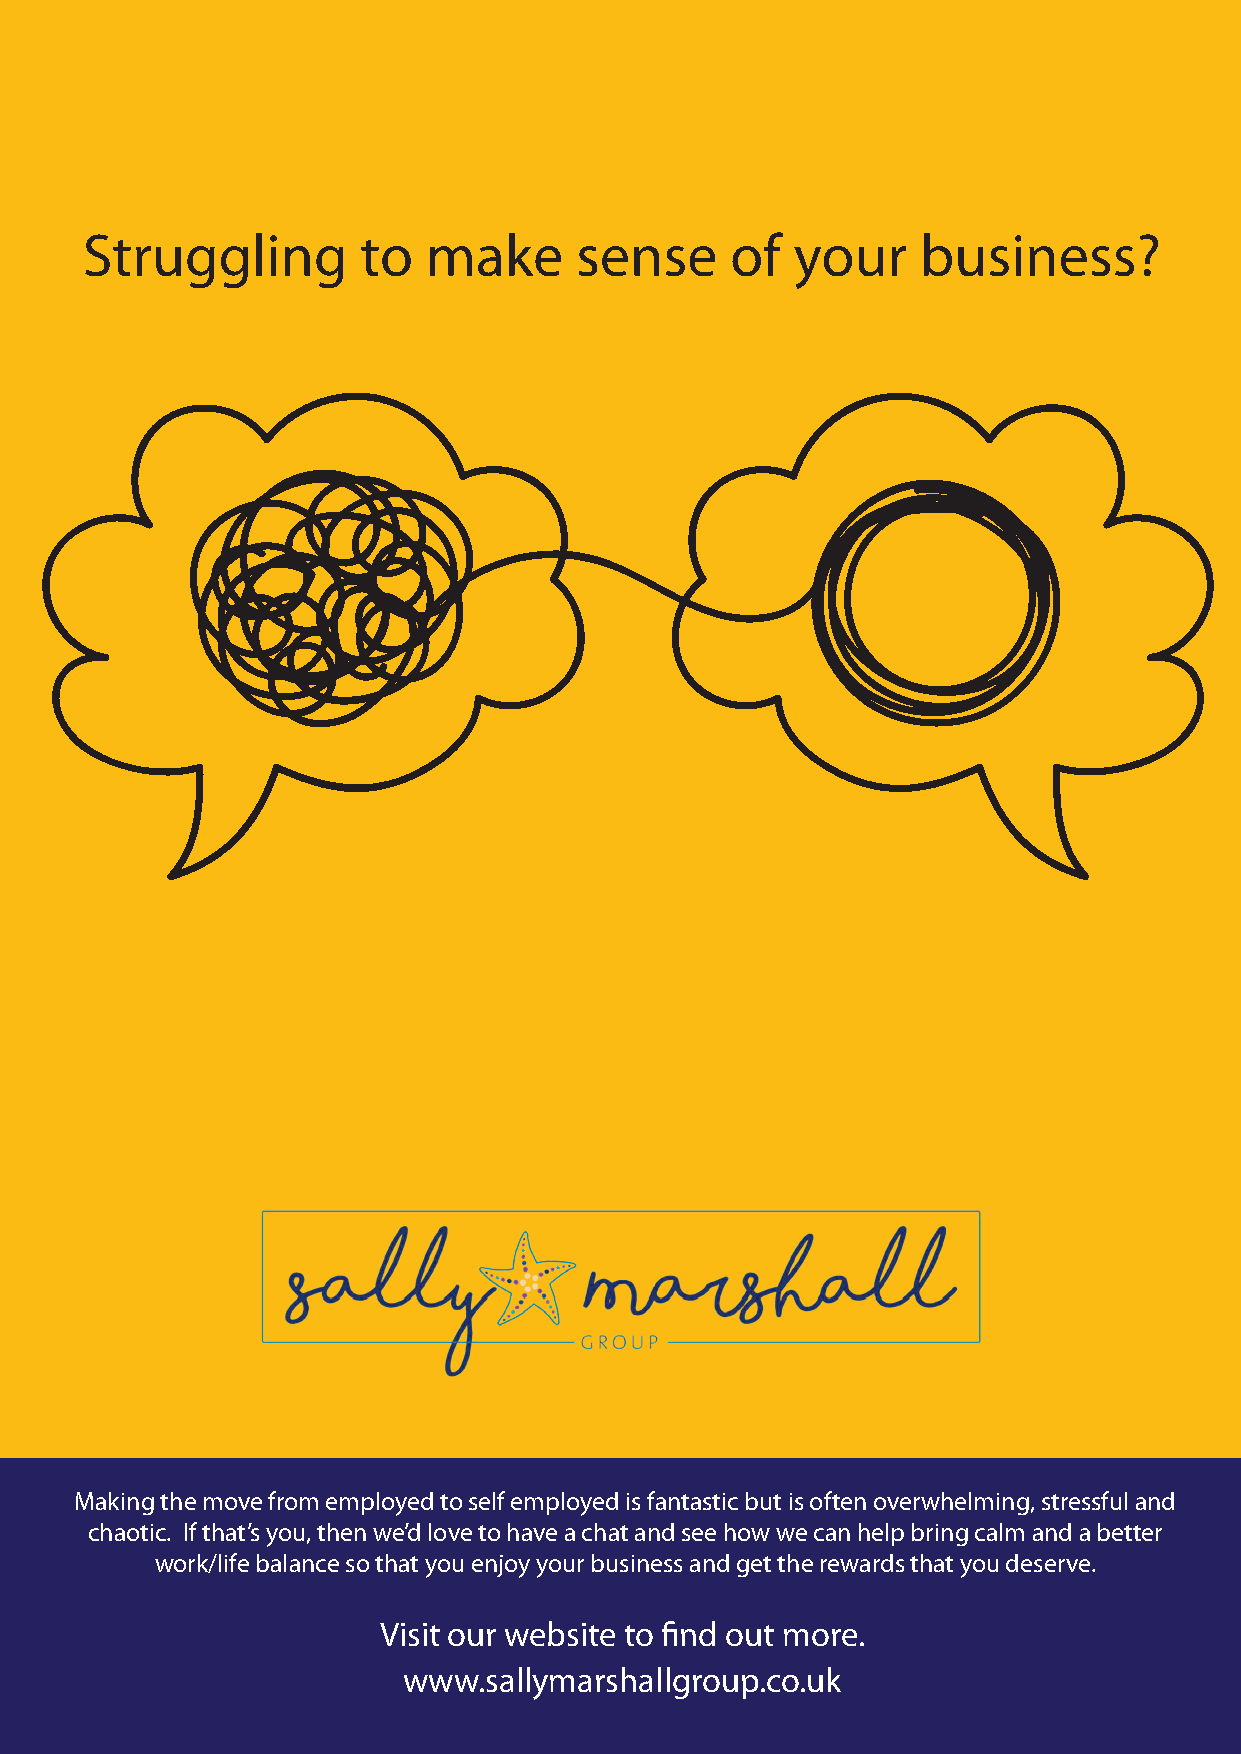
Struggling         to  make      sense     of   your    business?
 Making the move from employed to self employed is fantastic but is often overwhelming, stressful and
 chaotic. If that’s you, then we’d love to have a chat and see how we can help bring calm and a better
 work/life balance so that you enjoy your business and get the rewards that you deserve.
 Visit our website to find out more.
 www.sallymarshallgroup.co.uk